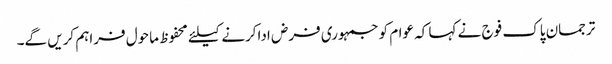
ترجمان پاک فوج نے کہا کہ عوام کوجمہوری فرض اداکرنے کیلئے محفوظ ماحول فراہم کریں گے۔